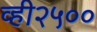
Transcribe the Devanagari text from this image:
व्ही२५००